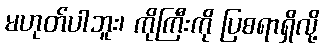
မဟုတ်ပါဘူး၊ ကိုကြီးကို ပြစရာရှိလို့